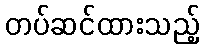
တပ်ဆင်ထားသည့်